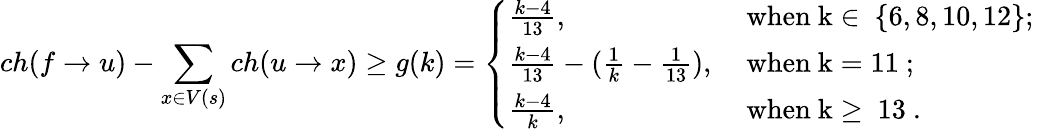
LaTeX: ch(f\rightarrow u)-\sum_{x\in V(s)}ch(u\rightarrow x)\geq g(k)=\left\{ \begin{array}{ll}{\frac{k-4}{13},}&{\mathrm{~when~k\in~\{ 6,8,10,12\} ;~}}\\ {\frac{k-4}{13}-(\frac{1}{k}-\frac{1}{13}),}&{\mathrm{~when~k=11~};}\\ {\frac{k-4}{k},}&{\mathrm{~when~k\geq~13~}.}\end{array}\right.